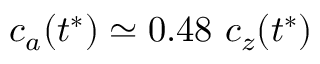
c _ { a } ( t ^ { * } ) \simeq 0 . 4 8 ~ c _ { z } ( t ^ { * } )